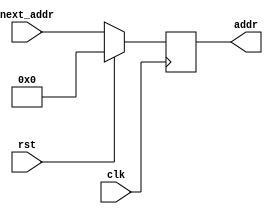
`timescale 1ns / 1ps
//////////////////////////////////////////////////////////////////////////////////
// Company: 
// Engineer: 
// 
// Design Name: 
// Module Name: PC
// Project Name: 
// Target Devices: 
// Tool Versions: 
// Description: 
// 
// Dependencies: 
// 
// Revision:
// Revision 0.01 - File Created
// Additional Comments:
// 
//////////////////////////////////////////////////////////////////////////////////


module PC(
    input clk,
    input rst,
    input [5:0] next_addr,
    output [5:0] addr
    );
    reg [31:0] oaddr;
    assign addr=oaddr;
    always @(posedge clk)
    begin
        if(rst==1)
            oaddr<=5'b0;
        else
        begin
            oaddr<=next_addr;
        end       
    end
endmodule